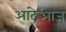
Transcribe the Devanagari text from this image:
आंद्रेआज़